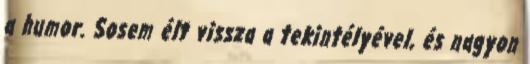
a humor. Sosem élt vissza a tekintélyével, és nagyon